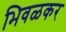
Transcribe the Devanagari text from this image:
भिवळकर